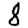
Digit: 8